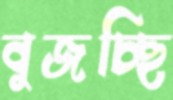
বুজচ্ছি